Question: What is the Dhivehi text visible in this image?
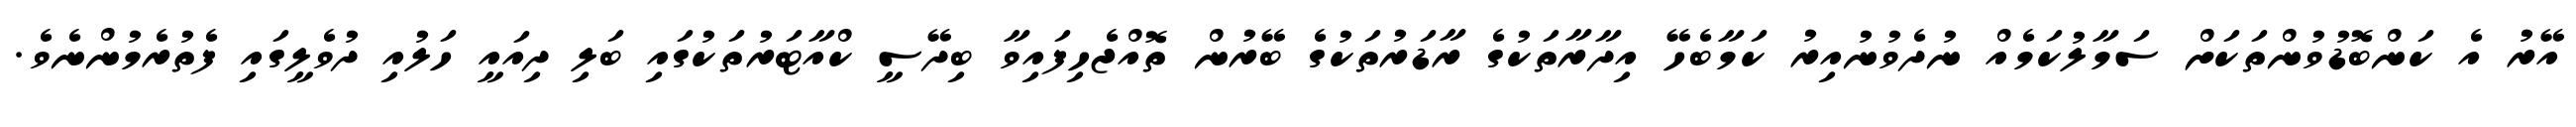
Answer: އޭރު އެ ކަންބޮޑުވުންތަކަށް ސަމާލުކަމެއް ނުދެވުނުއިރު ކަމާބެހޭ އިދާރާތަކުގެ ރާޑަރުތަކުގެ ބޭރުން ތޮއްޖެހިފައިވާ ބިދޭސީ ކްއާޓަރުތަކުގައި ބަލި ދިއައީ ހަލުއި ދުވެލީގައި ފެތުރެމުންނެވެ.